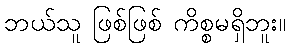
ဘယ်သူ ဖြစ်ဖြစ် ကိစ္စမရှိဘူး။